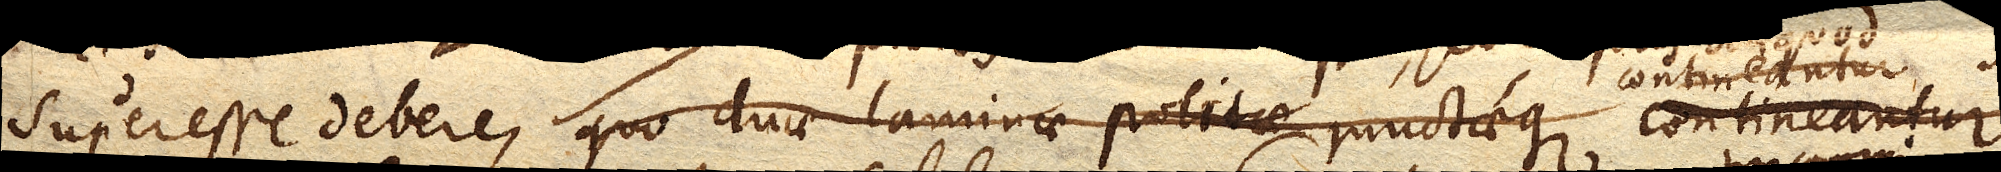
superesse debere, quo duae laminae politae junctaeque contineantur